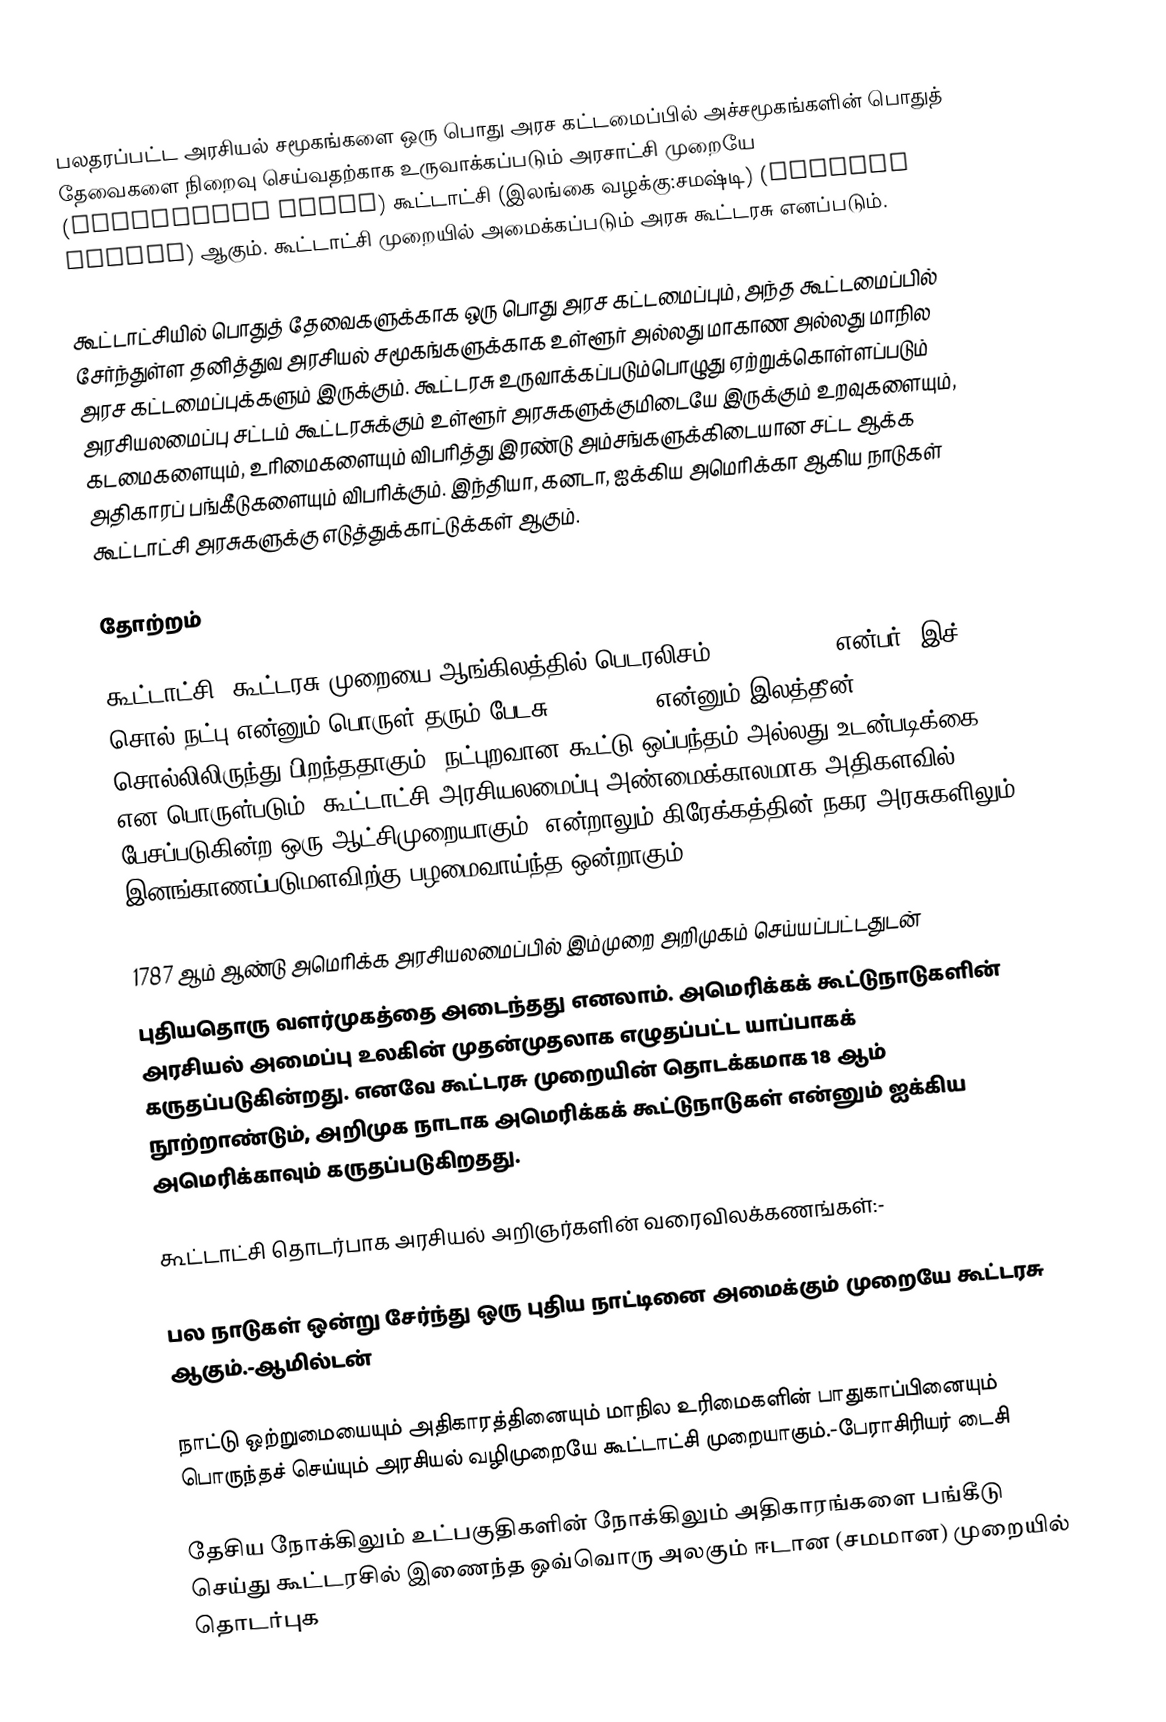
பலதரப்பட்ட அரசியல் சமூகங்களை ஒரு பொது அரச கட்டமைப்பில் அச்சமூகங்களின் பொதுத் தேவைகளை நிறைவு செய்வதற்காக உருவாக்கப்படும் அரசாட்சி முறையே (government sytem) கூட்டாட்சி (இலங்கை வழக்கு:சமஷ்டி) (Federal system) ஆகும். கூட்டாட்சி முறையில் அமைக்கப்படும் அரசு கூட்டரசு எனப்படும்.

கூட்டாட்சியில் பொதுத் தேவைகளுக்காக ஒரு பொது அரச கட்டமைப்பும், அந்த கூட்டமைப்பில் சேர்ந்துள்ள தனித்துவ அரசியல் சமூகங்களுக்காக உள்ளூர் அல்லது மாகாண அல்லது மாநில அரச கட்டமைப்புக்களும் இருக்கும். கூட்டரசு உருவாக்கப்படும்பொழுது ஏற்றுக்கொள்ளப்படும் அரசியலமைப்பு சட்டம் கூட்டரசுக்கும் உள்ளூர் அரசுகளுக்குமிடையே இருக்கும் உறவுகளையும், கடமைகளையும், உரிமைகளையும் விபரித்து இரண்டு அம்சங்களுக்கிடையான சட்ட ஆக்க அதிகாரப் பங்கீடுகளையும் விபரிக்கும். இந்தியா, கனடா, ஐக்கிய அமெரிக்கா ஆகிய நாடுகள் கூட்டாட்சி அரசுகளுக்கு எடுத்துக்காட்டுக்கள் ஆகும்.

தோற்றம்

கூட்டாட்சி, கூட்டரசு முறையை ஆங்கிலத்தில் பெடரலிசம் (Federalism) என்பர். இச் சொல் நட்பு என்னும் பொருள் தரும் பேடசு (“foedus”) என்னும் இலத்தீன் சொல்லிலிருந்து பிறந்ததாகும். நட்புறவான கூட்டு ஒப்பந்தம் அல்லது உடன்படிக்கை என பொருள்படும். கூட்டாட்சி அரசியலமைப்பு அண்மைக்காலமாக அதிகளவில் பேசப்படுகின்ற ஒரு ஆட்சிமுறையாகும். என்றாலும் கிரேக்கத்தின் நகர அரசுகளிலும் இனங்காணப்படுமளவிற்கு பழமைவாய்ந்த ஒன்றாகும்.

1787 ஆம் ஆண்டு அமெரிக்க அரசியலமைப்பில் இம்முறை அறிமுகம் செய்யப்பட்டதுடன்
புதியதொரு வளர்முகத்தை அடைந்தது எனலாம். அமெரிக்கக் கூட்டுநாடுகளின் அரசியல் அமைப்பு உலகின் முதன்முதலாக எழுதப்பட்ட யாப்பாகக் கருதப்படுகின்றது. எனவே கூட்டரசு முறையின் தொடக்கமாக 18 ஆம் நூற்றாண்டும், அறிமுக நாடாக அமெரிக்கக் கூட்டுநாடுகள் என்னும் ஐக்கிய அமெரிக்காவும் கருதப்படுகிறதது.

கூட்டாட்சி தொடர்பாக அரசியல் அறிஞர்களின் வரைவிலக்கணங்கள்:-

பல நாடுகள் ஒன்று சேர்ந்து ஒரு புதிய நாட்டினை அமைக்கும் முறையே கூட்டரசு ஆகும்.-ஆமில்டன்

நாட்டு ஒற்றுமையையும் அதிகாரத்தினையும் மாநில உரிமைகளின் பாதுகாப்பினையும் பொருந்தச் செய்யும் அரசியல் வழிமுறையே கூட்டாட்சி முறையாகும்.-பேராசிரியர் டைசி

தேசிய நோக்கிலும் உட்பகுதிகளின் நோக்கிலும் அதிகாரங்களை பங்கீடு செய்து கூட்டரசில் இணைந்த ஒவ்வொரு அலகும் ஈடான (சமமான) முறையில் தொடர்புக